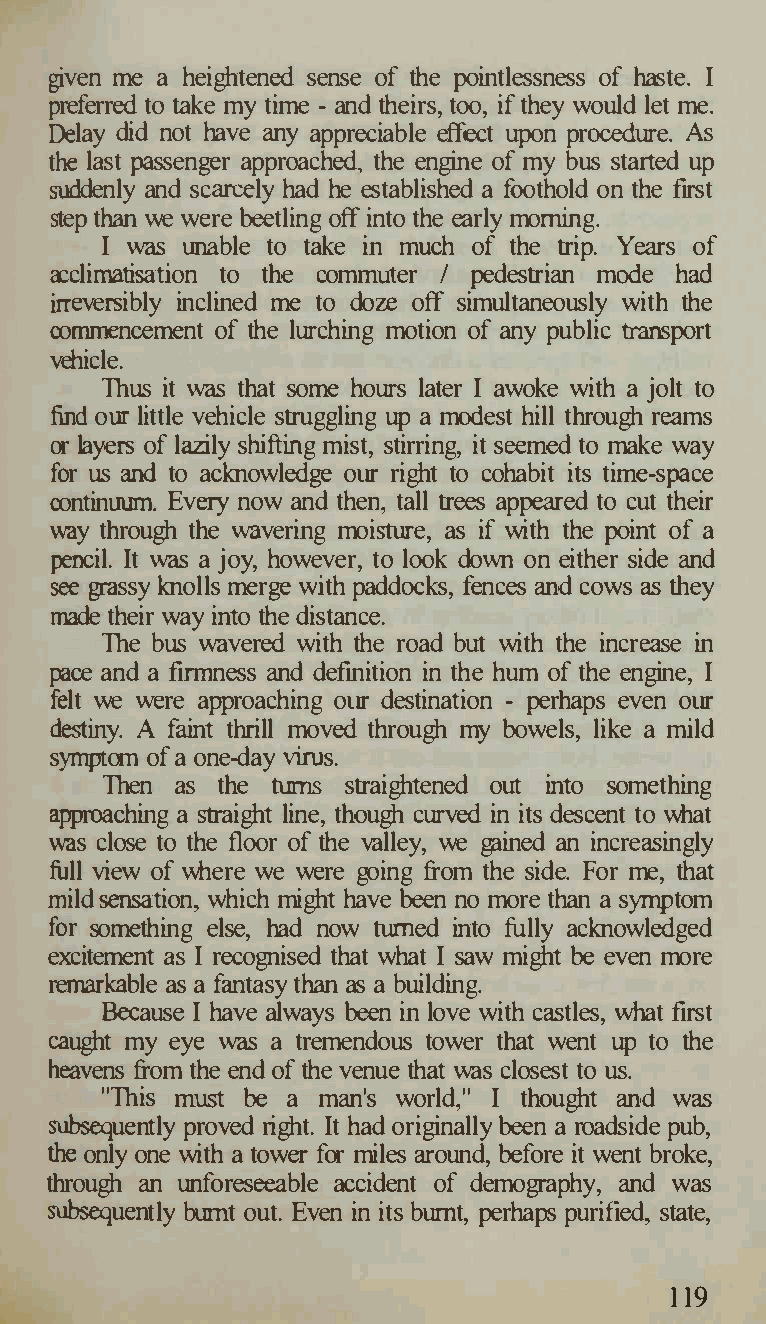
given me a heightened sense of the pointlessness of haste. I
 preferred to take my time - and theirs, too, if they would let me.
 Delay did not have any appreciable effect upon procedure. As
 the last passenger approached, the engine of my bus started up
 suddenly and scarcely had he established a foothold on the first
 step than we were beetling off into the early morning.
 I was unable to take in much of the trip. Years of
 acclimatisation to the commuter I pedestrian mode had
 irreversibly inclined me to doze off simultaneously with the
 commencement of the lurching motion of any public transport
 vehicle.
 Thus it was that some hours later I awoke with a jolt to
 find otrr little vehicle struggling up a mcxiest hill through reams
 or layers of lazily shifting mist, stirring, it seemed to make way
 for us and to acknowledge otrr right to cohabit its time-space
 continuum. Every now and then, tall trees appeared to cut their
 way through the wavering moisture, as if with the point of a
 pencil. It was a joy, however, to look down on either side and
 see grassy knolls merge with paddocks, fences and cows as they
 made their way into the distance.
 The bus wavered with the road but with the increase in
 pace and a finnness and definition in the hum of the engine, I
 felt we were approaching otrr destination - perhaps even otrr
 destiny. A faint thrill moved through my bowels, like a mild
 symptom of a one-day virus.
 Then as the ttrrns straightened out into something
 approaching a straight line, though curved in its descent to what
 was close to the floor of the valley, we gained an increasingly
 full view of where we were going from the side. For me, that
 mild sensation, which might have been no more than a symptom
 for something else, had now ttrrned into fully acknowledged
 excitement as I recognised that what I saw might be even more
 remarkable as a fantasy than as a building.
 Because I have always been in love with castles, what first
 caught my eye was a tremendous tower that went up to the
 heavens from the end of the venue that was closest to us.
 "This must be a man's world," I thought and was
 subsequently proved right. It had originally been a roadside pub,
 the only one with a tower for miles around, before it went broke,
 through an unforeseeable accident of demography, and was
 subsequently burnt out. Even in its burnt, perhaps purified, state,
 119